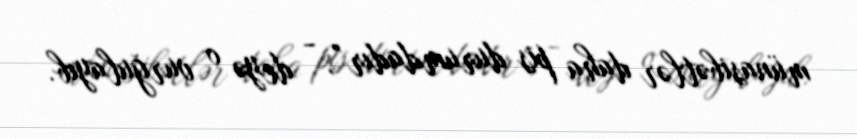
münasibətlər daha pis durumdadır”, - deyə o vurğulayıb.